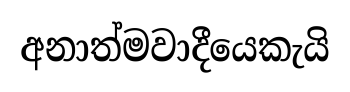
අනාත්මවාදීයෙකැයි